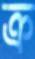
ক্র